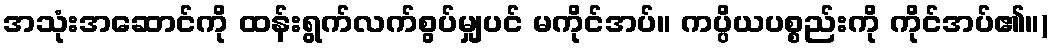
အသုံးအဆောင်ကို ထန်းရွက်လက်စွပ်မျှပင် မကိုင်အပ်။ ကပ္ပိယပစ္စည်းကို ကိုင်အပ်၏။)